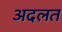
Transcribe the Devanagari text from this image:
अदलत